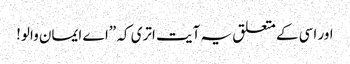
اور اسی کے متعلق یہ آیت اتری کہ ”اے ایمان والو!